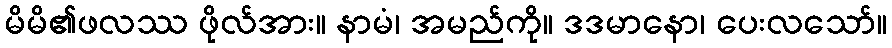
မိမိ၏ဖလဿ ဖိုလ်အား။ နာမံ၊ အမည်ကို။ ဒဒမာနော၊ ပေးလသော်။